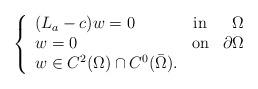
LaTeX: \begin{align*} \left\lbrace \begin{array}{lcr} (L_a-c) w = 0& \textnormal {in} & \Omega \\ w=0 & \textnormal{on} & \partial \Omega\\ w\in C^{2}(\Omega) \cap C^0(\bar \Omega).& &\\ \end{array} \right.\end{align*}